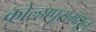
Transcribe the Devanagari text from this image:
कोल्हापूरामधून